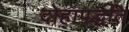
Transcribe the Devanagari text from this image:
दोहापद्धति